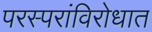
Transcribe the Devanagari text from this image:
परस्परांविरोधात